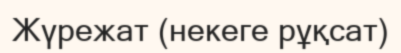
Жүрежат (некеге рұқсат)